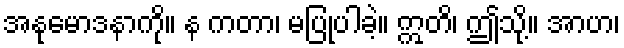
အနုမောဒနာကို။ န ကတာ၊ မပြုပါခဲ့။ ဣတိ၊ ဤသို့။ အာဟ၊